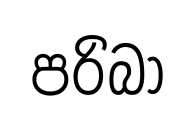
පරිබා